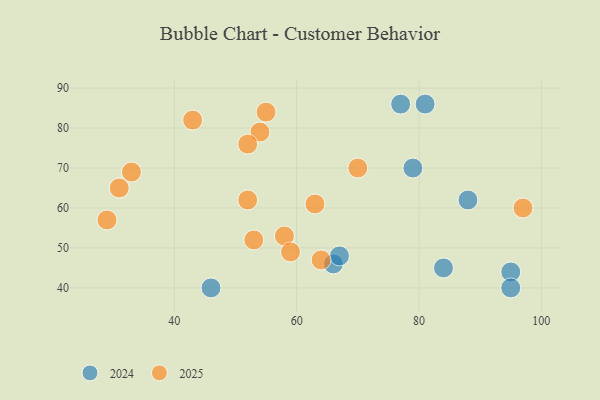
{"axis": {"x": "GDP", "y": "Life Expectancy"}, "legend": ["2024", "2025"], "data": [{"x": "31", "y": 65, "type": "2025"}, {"x": "29", "y": 57, "type": "2025"}, {"x": "52", "y": 62, "type": "2025"}, {"x": "70", "y": 70, "type": "2025"}, {"x": "55", "y": 84, "type": "2025"}, {"x": "97", "y": 60, "type": "2025"}, {"x": "53", "y": 52, "type": "2025"}, {"x": "54", "y": 79, "type": "2025"}, {"x": "43", "y": 82, "type": "2025"}, {"x": "58", "y": 53, "type": "2025"}, {"x": "64", "y": 47, "type": "2025"}, {"x": "63", "y": 61, "type": "2025"}, {"x": "52", "y": 76, "type": "2025"}, {"x": "59", "y": 49, "type": "2025"}, {"x": "33", "y": 69, "type": "2025"}, {"x": "95", "y": 44, "type": "2024"}, {"x": "79", "y": 70, "type": "2024"}, {"x": "77", "y": 86, "type": "2024"}, {"x": "66", "y": 46, "type": "2024"}, {"x": "84", "y": 45, "type": "2024"}, {"x": "95", "y": 40, "type": "2024"}, {"x": "67", "y": 48, "type": "2024"}, {"x": "46", "y": 40, "type": "2024"}, {"x": "81", "y": 86, "type": "2024"}, {"x": "88", "y": 62, "type": "2024"}]}